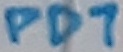
Text: PD7